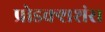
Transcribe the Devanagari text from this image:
प्रोडक्शशंस